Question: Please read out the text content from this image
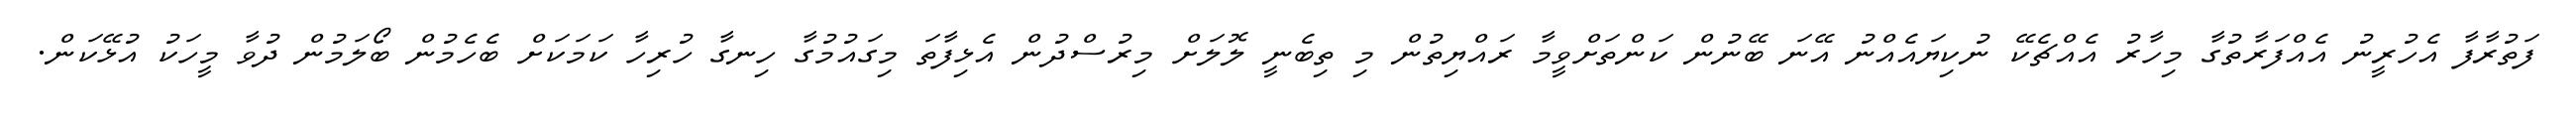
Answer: ފަތުރާފާ އެހުރީނު އެއްފަރާތުގާ މިހާރު އެއްޗެކޭ ނުކިޔައެއްނު އޭނަ ބޭނުން ކަންތަށްވީމާ ރައްޔިތުން މި ތިބެނީ ލޮލަށް މިރުސްދުން އެޅިފާތަ މިގައުމުގާ ހިނގާ ހުރިހާ ކަމަކަށް ބެހެމުން ބޯލަމުން ދުވާ މީހަކު އުޅޭކަން.